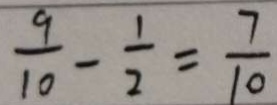
\frac { 9 } { 1 0 } - \frac { 1 } { 2 } = \frac { 7 } { 1 0 }